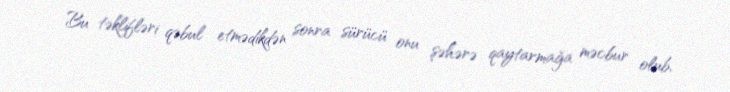
Bu təklifləri qəbul etmədikdən sonra sürücü onu şəhərə qaytarmağa məcbur olub,